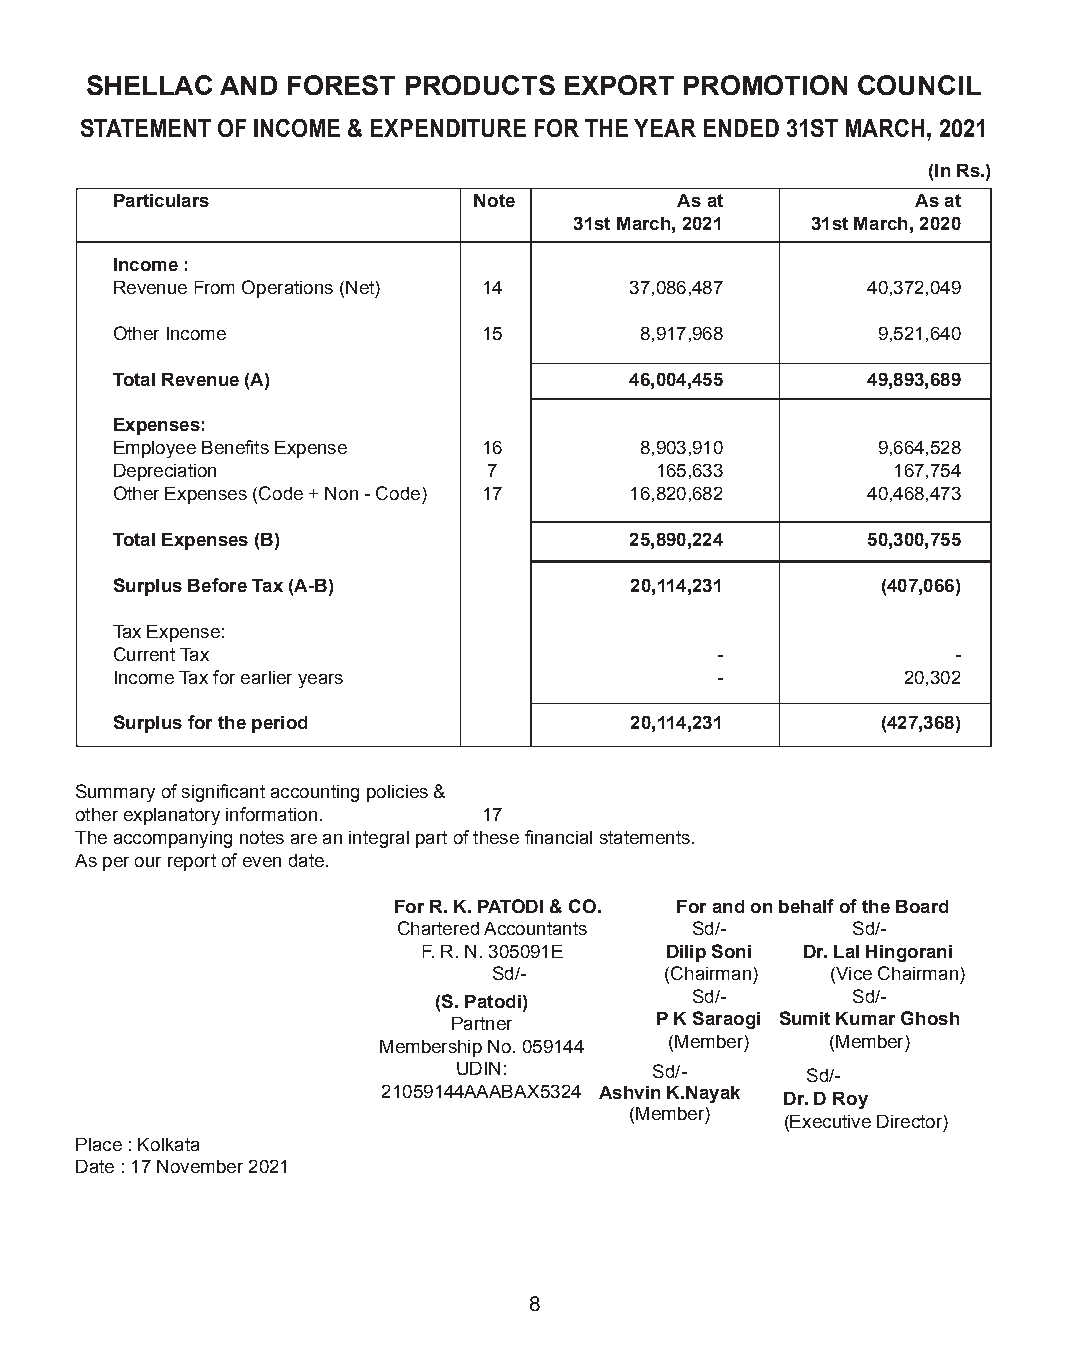
SHELLAC  AND FOREST  PRODUCTS  EXPORT  PROMOTION   COUNCIL
 STATEMENT OF INCOME & EXPENDITURE FOR THE YEAR ENDED 31ST MARCH, 2021
 (In Rs.)
 Particulars             Note          As at           As at
 31st March, 2021 31st March, 2020
 Income :
 Revenue From Operations (Net) 14   37,086,487     40,372,049
 Other Income             15        8,917,968       9,521,640
 Total Revenue (A)                  46,004,455     49,893,689
 Expenses:
 Employee Benefits Expense 16       8,903,910       9,664,528
 Depreciation             7          165,633         167,754
 Other Expenses (Code + Non - Code) 17 16,820,682  40,468,473
 Total Expenses (B)                 25,890,224     50,300,755
 Surplus Before Tax (A-B)           20,114,231      (407,066)
 Tax Expense:
 Current Tax                             -               -
 Income Tax for earlier years            -            20,302
 Surplus for the period             20,114,231      (427,368)
 Summary of significant accounting policies &
 other explanatory information. 17
 The accompanying notes are an integral part of these financial statements.
 As per our report of even date.
 For R. K. PATODI & CO. For and on behalf of the Board
 Chartered Accountants Sd/-    Sd/-
 F. R. N. 305091E Dilip Soni Dr. Lal Hingorani
 Sd/-       (Chairman) (Vice Chairman)
 (S. Patodi)      Sd/-      Sd/-
 Partner      P K Saraogi Sumit Kumar Ghosh
 Membership No. 059144 (Member) (Member)
 UDIN:        Sd/-      Sd/-
 21059144AAABAX5324 Ashvin K.Nayak Dr. D Roy
 (Member)
 (Executive Director)
 Place : Kolkata
 Date : 17 November 2021
 8